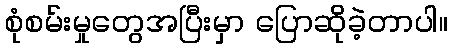
စုံစမ်းမှုတွေအပြီးမှာ ပြောဆိုခဲ့တာပါ။